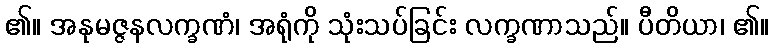
၏။ အနုမဇ္ဇနလက္ခဏံ၊ အရုံကို သုံးသပ်ခြင်း လက္ခဏာသည်။ ပီတိယာ၊ ၏။